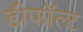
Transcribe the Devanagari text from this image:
डीफॉल्ट